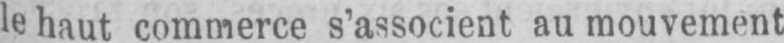
le haut commerce s’associent au mouvement